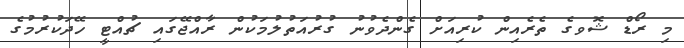
މި ރޯޑް ޝޮވގެ ތެރެއިން ކުރިއަށް ގެންދެވުނު ގުރުއަތުލުމަކުން ރާއްޖޭގައި ޗުއްޓީ ހޭދަކުރުމުގެ